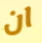
ان